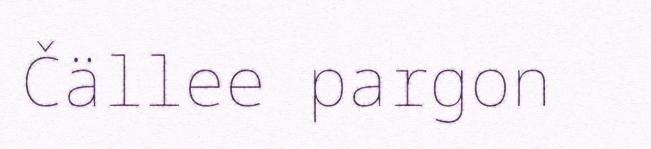
Čällee pargon